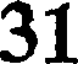
31